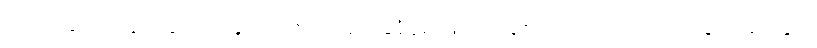
သို့ရာတွင် သနားခြင်း တခုတည်းကို အခြေခံရုံမျှဖြင့် အချစ်ကို တည်ဆောက်ခြင်း မပြုနိုင်။